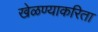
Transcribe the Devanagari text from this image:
खेळण्याकरिता